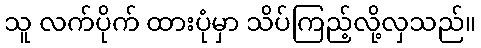
သူ လက်ပိုက် ထားပုံမှာ သိပ်ကြည့်လို့လှသည်။